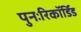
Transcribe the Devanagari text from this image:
पुनःरिकॉर्डिड